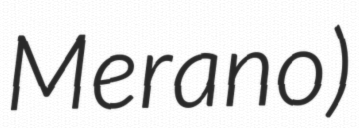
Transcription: Merano)